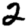
Digit: 2